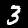
Digit: 3